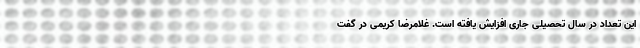
این تعداد در سال تحصیلی جاری افزایش یافته است. غلامرضا کریمی در گفت